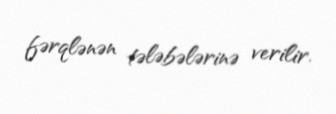
fərqlənən tələbələrinə verilir.